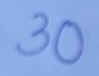
30